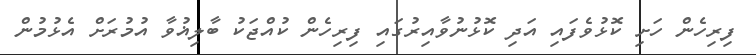
ފިރިހެން ހަށި ކޮޅުވެފައި އަދި ކޮޅުނުވާއިރުގައި ފިރިހެން ކުއްޖަކު ބާލިޣުވާ އުމުރަށް އެޅުމުން